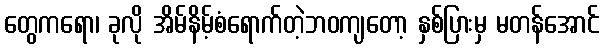
တွေကရော၊ ခုလို အိမ်နိမ့်စံရောက်တဲ့ဘဝကျတော့ နှစ်ပြားမှ မတန်အောင်